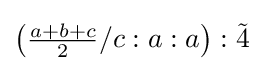
\left({\tfrac {a+b+c}{2}}/c:a:a\right):{\tilde {4}}